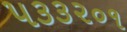
૫૩૩૨૦૧